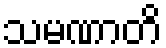
သမဏာတိ